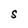
Character: S